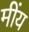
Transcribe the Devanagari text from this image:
मींय